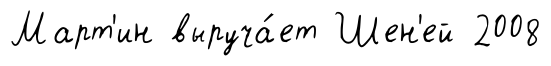
Март'ин выруча́ет Шен'ей 2008